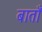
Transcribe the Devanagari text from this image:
बाताँ